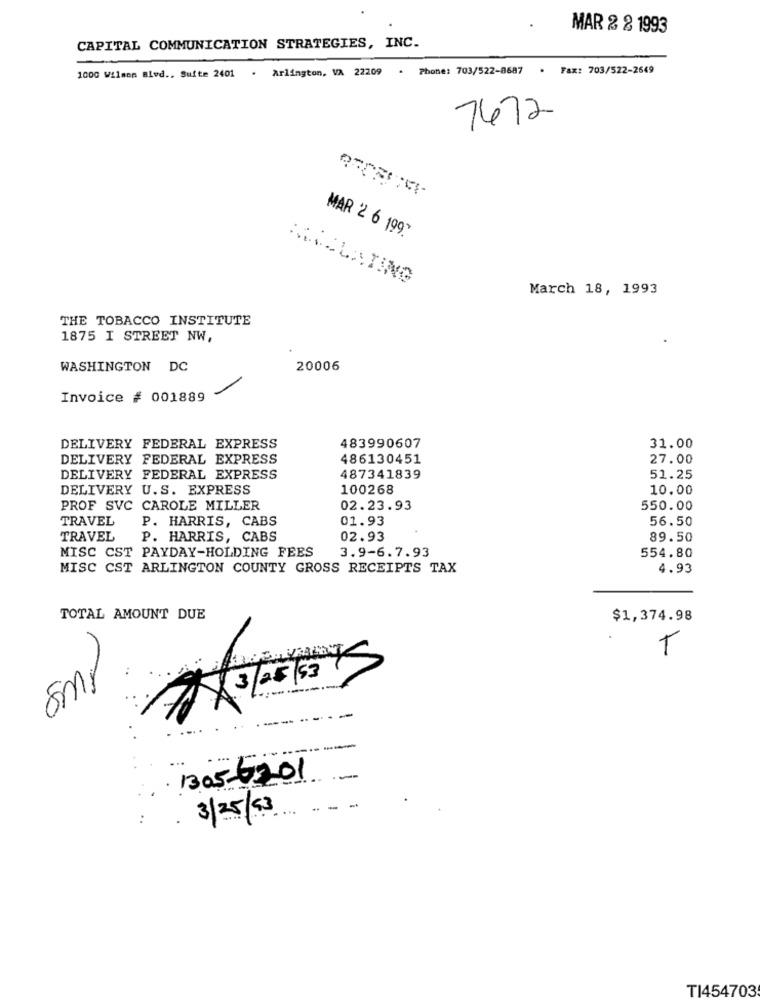
MAR 2 2 1993
CAPITAL COMMUNICATION STRATEGIES, INC.
1000 Wilmen Blvd ., Suite 2401 . Arlington, VA 22209 . Phone: 703/522-8687 · Fax: 703/522-2649
7472
MAR 2 6 1997
MACLATING
March 18, 1993
THE TOBACCO INSTITUTE
1875 I STREET NW,
WASHINGTON DC
20006
Invoice # 001889
DELIVERY FEDERAL EXPRESS
483990607
31.00
DELIVERY FEDERAL EXPRESS
486130451
27.00
DELIVERY FEDERAL EXPRESS
487341839
51.25
DELIVERY U.S. EXPRESS
100268
10.00
PROF SVC CAROLE MILLER
02.23.93
550.00
TRAVEL
P. HARRIS, CABS
01.93
56.50
TRAVEL
P. HARRIS, CABS
02.93
89.50
MISC CST PAYDAY-HOLDING FEES
3.9-6.7.93
554.80
MISC CST ARLINGTON COUNTY GROSS RECEIPTS TAX
4.93
TOTAL AMOUNT DUE
$1,374.98
T
5mg
3/25/53 5
-
: 1305-6201
. 3/25/93
:
TI454703